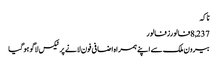
ناکہ
8,237فالورزفالور
بیرون ملک سے اپنے ہمراہ اضافی فون لانے پر ٹیکس لاگو ہو گیا